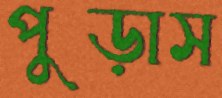
পুড়াস